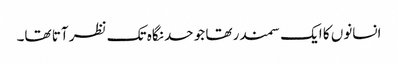
انسانوں کا ایک سمندر تھا جو حد نگاہ تک نظر آتا تھا۔